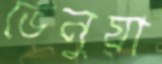
ভেনুয়া